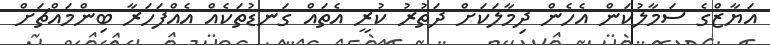
އަޔާޒްގެ ސަމާލުކަން އެހެން ދިމާލަކަށް ދަތުރު ކުރީ އެތައް ގަނޑުތަކެއް އެއްފަހަރާ ބިންމައްޗަށް